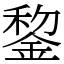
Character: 錅